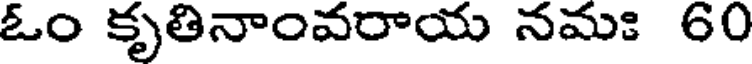
ఓం కృతినాంవరాయ నమః 60